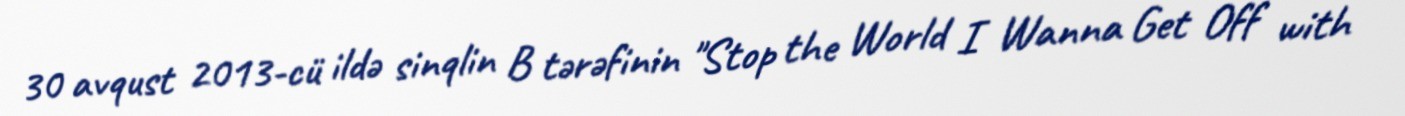
30 avqust 2013-cü ildə sinqlin B tərəfinin "Stop the World I Wanna Get Off with